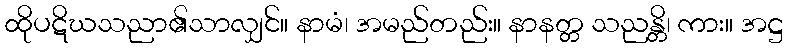
ထိုပဋိဃသညာ၏သာလျှင်။ နာမံ၊ အမည်တည်း။ နာနတ္တ သညန္တိ၊ ကား။ အဋ္ဌ